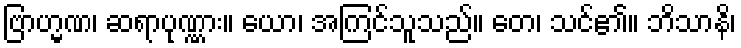
ဗြာဟ္မဏ၊ ဆရာပုဏ္ဏား။ ယော၊ အကြင်သူသည်။ တေ၊ သင်၏။ ဘိသာနိ၊